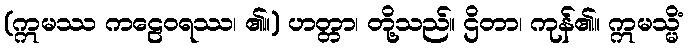
(ဣမဿ ကဠေဝရဿ၊ ၏။) ဟတ္တာ၊ တို့သည်။ ဌိတာ၊ ကုန်၏။ ဣမသ္မိံ